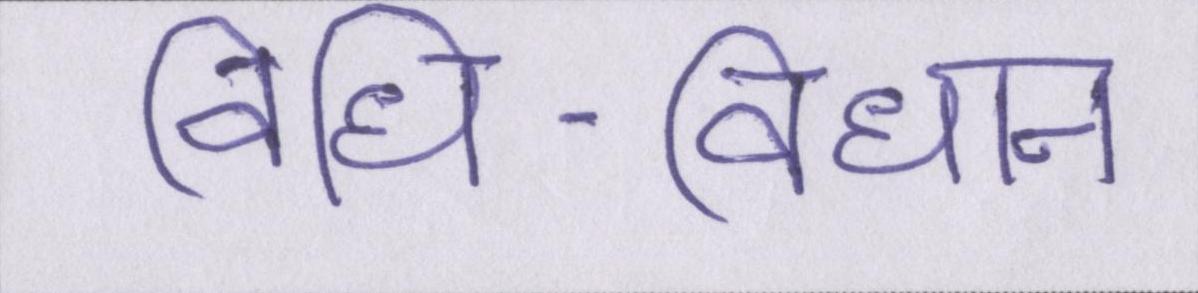
विधि-विधान